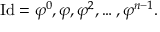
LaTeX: \mathrm { I d } = \varphi ^ { 0 } , \varphi , \varphi ^ { 2 } , \ldots , \varphi ^ { n - 1 } .